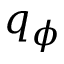
q _ { \phi }